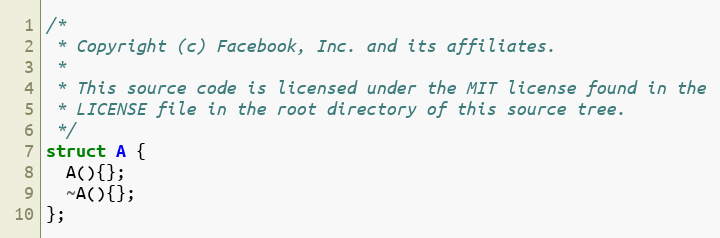
Language: C++
/*
 * Copyright (c) Facebook, Inc. and its affiliates.
 *
 * This source code is licensed under the MIT license found in the
 * LICENSE file in the root directory of this source tree.
 */
struct A {
  A(){};
  ~A(){};
};